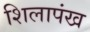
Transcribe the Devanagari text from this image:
शिलापंख